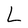
Character: L